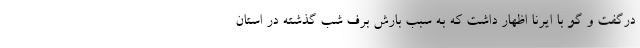
درگفت و گو با ایرنا اظهار داشت که به سبب بارش‌ برف شب گذشته در استان